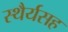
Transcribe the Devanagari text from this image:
स्थैर्यसह